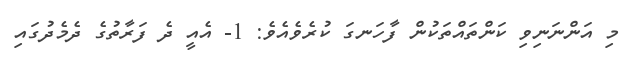
މި އަންނަނިވި ކަންތައްތަކުން ފާހަނގަ ކުރެވެއެވެ: 1- އެއީ ދެ ފަރާތުގެ ދެމެދުގައި